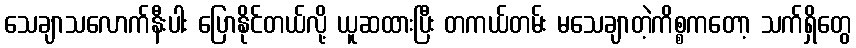
သေချာသလောက်နီးပါး ပြောနိုင်တယ်လို့ ယူဆထားပြီး တကယ်တမ်း မသေချာတဲ့ကိစ္စကတော့ သက်ရှိတွေ